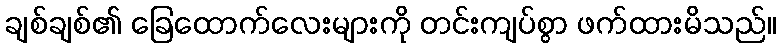
ချစ်ချစ်၏ ခြေထောက်လေးများကို တင်းကျပ်စွာ ဖက်ထားမိသည်။